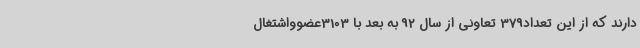
دارند که از این تعداد379 تعاونی از سال 92 به بعد با 3103عضوواشتغال